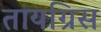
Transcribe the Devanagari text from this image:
तायग्रिस